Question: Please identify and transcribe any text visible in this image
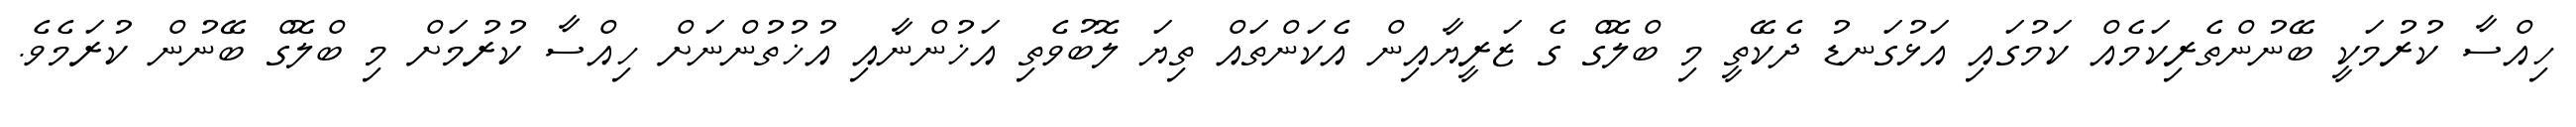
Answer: ހިއްސާ ކުރުމަކީ ބޭނުންތެރިކަމެއް ކަމުގައި އަޅުގަނޑު ދެކޭތީ މި ބްލޮގް ގެ ޒަރީޔާއިން އެކަންތައް ތިޔަ ލޮބުވެތި އަޚުންނާއި އުޚުތުންނަށް ހިއްސާ ކުރުމަށް މި ބްލޮގް ބޭނުން ކުރަމެވެ.